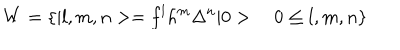
W = \{ \vert l , m , n > = f ^ { l } h ^ { m } \Delta ^ { n } \vert 0 > 0 \leq l , m , n \}